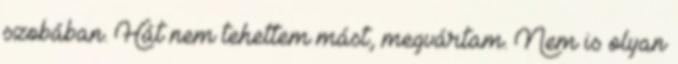
szobában. Hát nem tehettem mást, megvártam. Nem is olyan